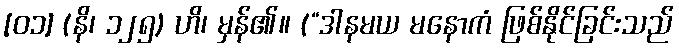
[၀၁] (နိ၊ ၁၂၅) ဟိ၊ မှန်၏။ (“ဒါနမယ မနောကံ ဖြစ်နိုင်ခြင်းသည်